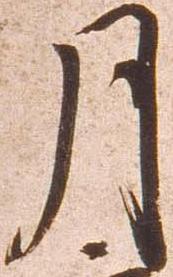
月